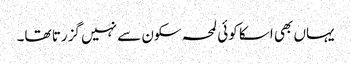
یہاں بھی اسکا کوئی لمحہ سکون سے نہیں گزرتا تھا۔